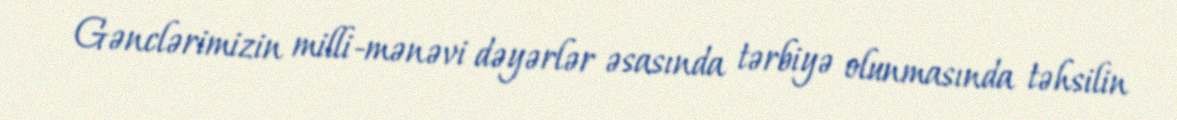
Gənclərimizin milli-mənəvi dəyərlər əsasında tərbiyə olunmasında təhsilin